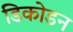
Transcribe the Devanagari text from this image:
डिकोडन